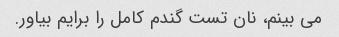
می بینم، نان تست گندم کامل را برایم بیاور.